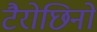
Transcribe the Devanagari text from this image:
टैरोछिनो